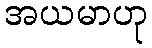
အယမာဟု